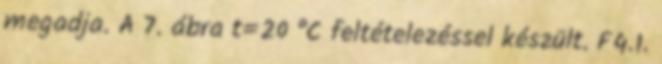
megadja. A 7. ábra t=20 °C feltételezéssel készült. F4.1.